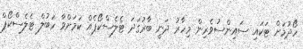
ހޯދުމަށް ޓަކައި ސައިންސުވެރިން މިހާރު ދަނީ ބާރުގަދަ ޓެލެސްކޯޕެއް ކަމަށްވާ ހަބުލް ޓެލެސްކޯޕް